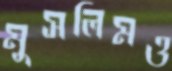
মুসলিমও